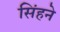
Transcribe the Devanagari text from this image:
सिंहने